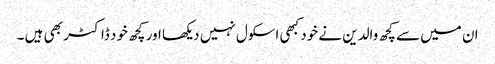
ان میں سے کچھ والدین نے خود کبھی اسکول نہیں دیکھا اور کچھ خود ڈاکٹر بھی ہیں ۔